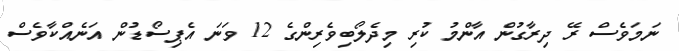
ނަމަވެސް ރޭ ދިރާގުން އާންމު ކުރި މިދެލޯބިވެރިންގެ 12 ވަނަ އެޕިސޯޑުން އަނެއްކާވެސް